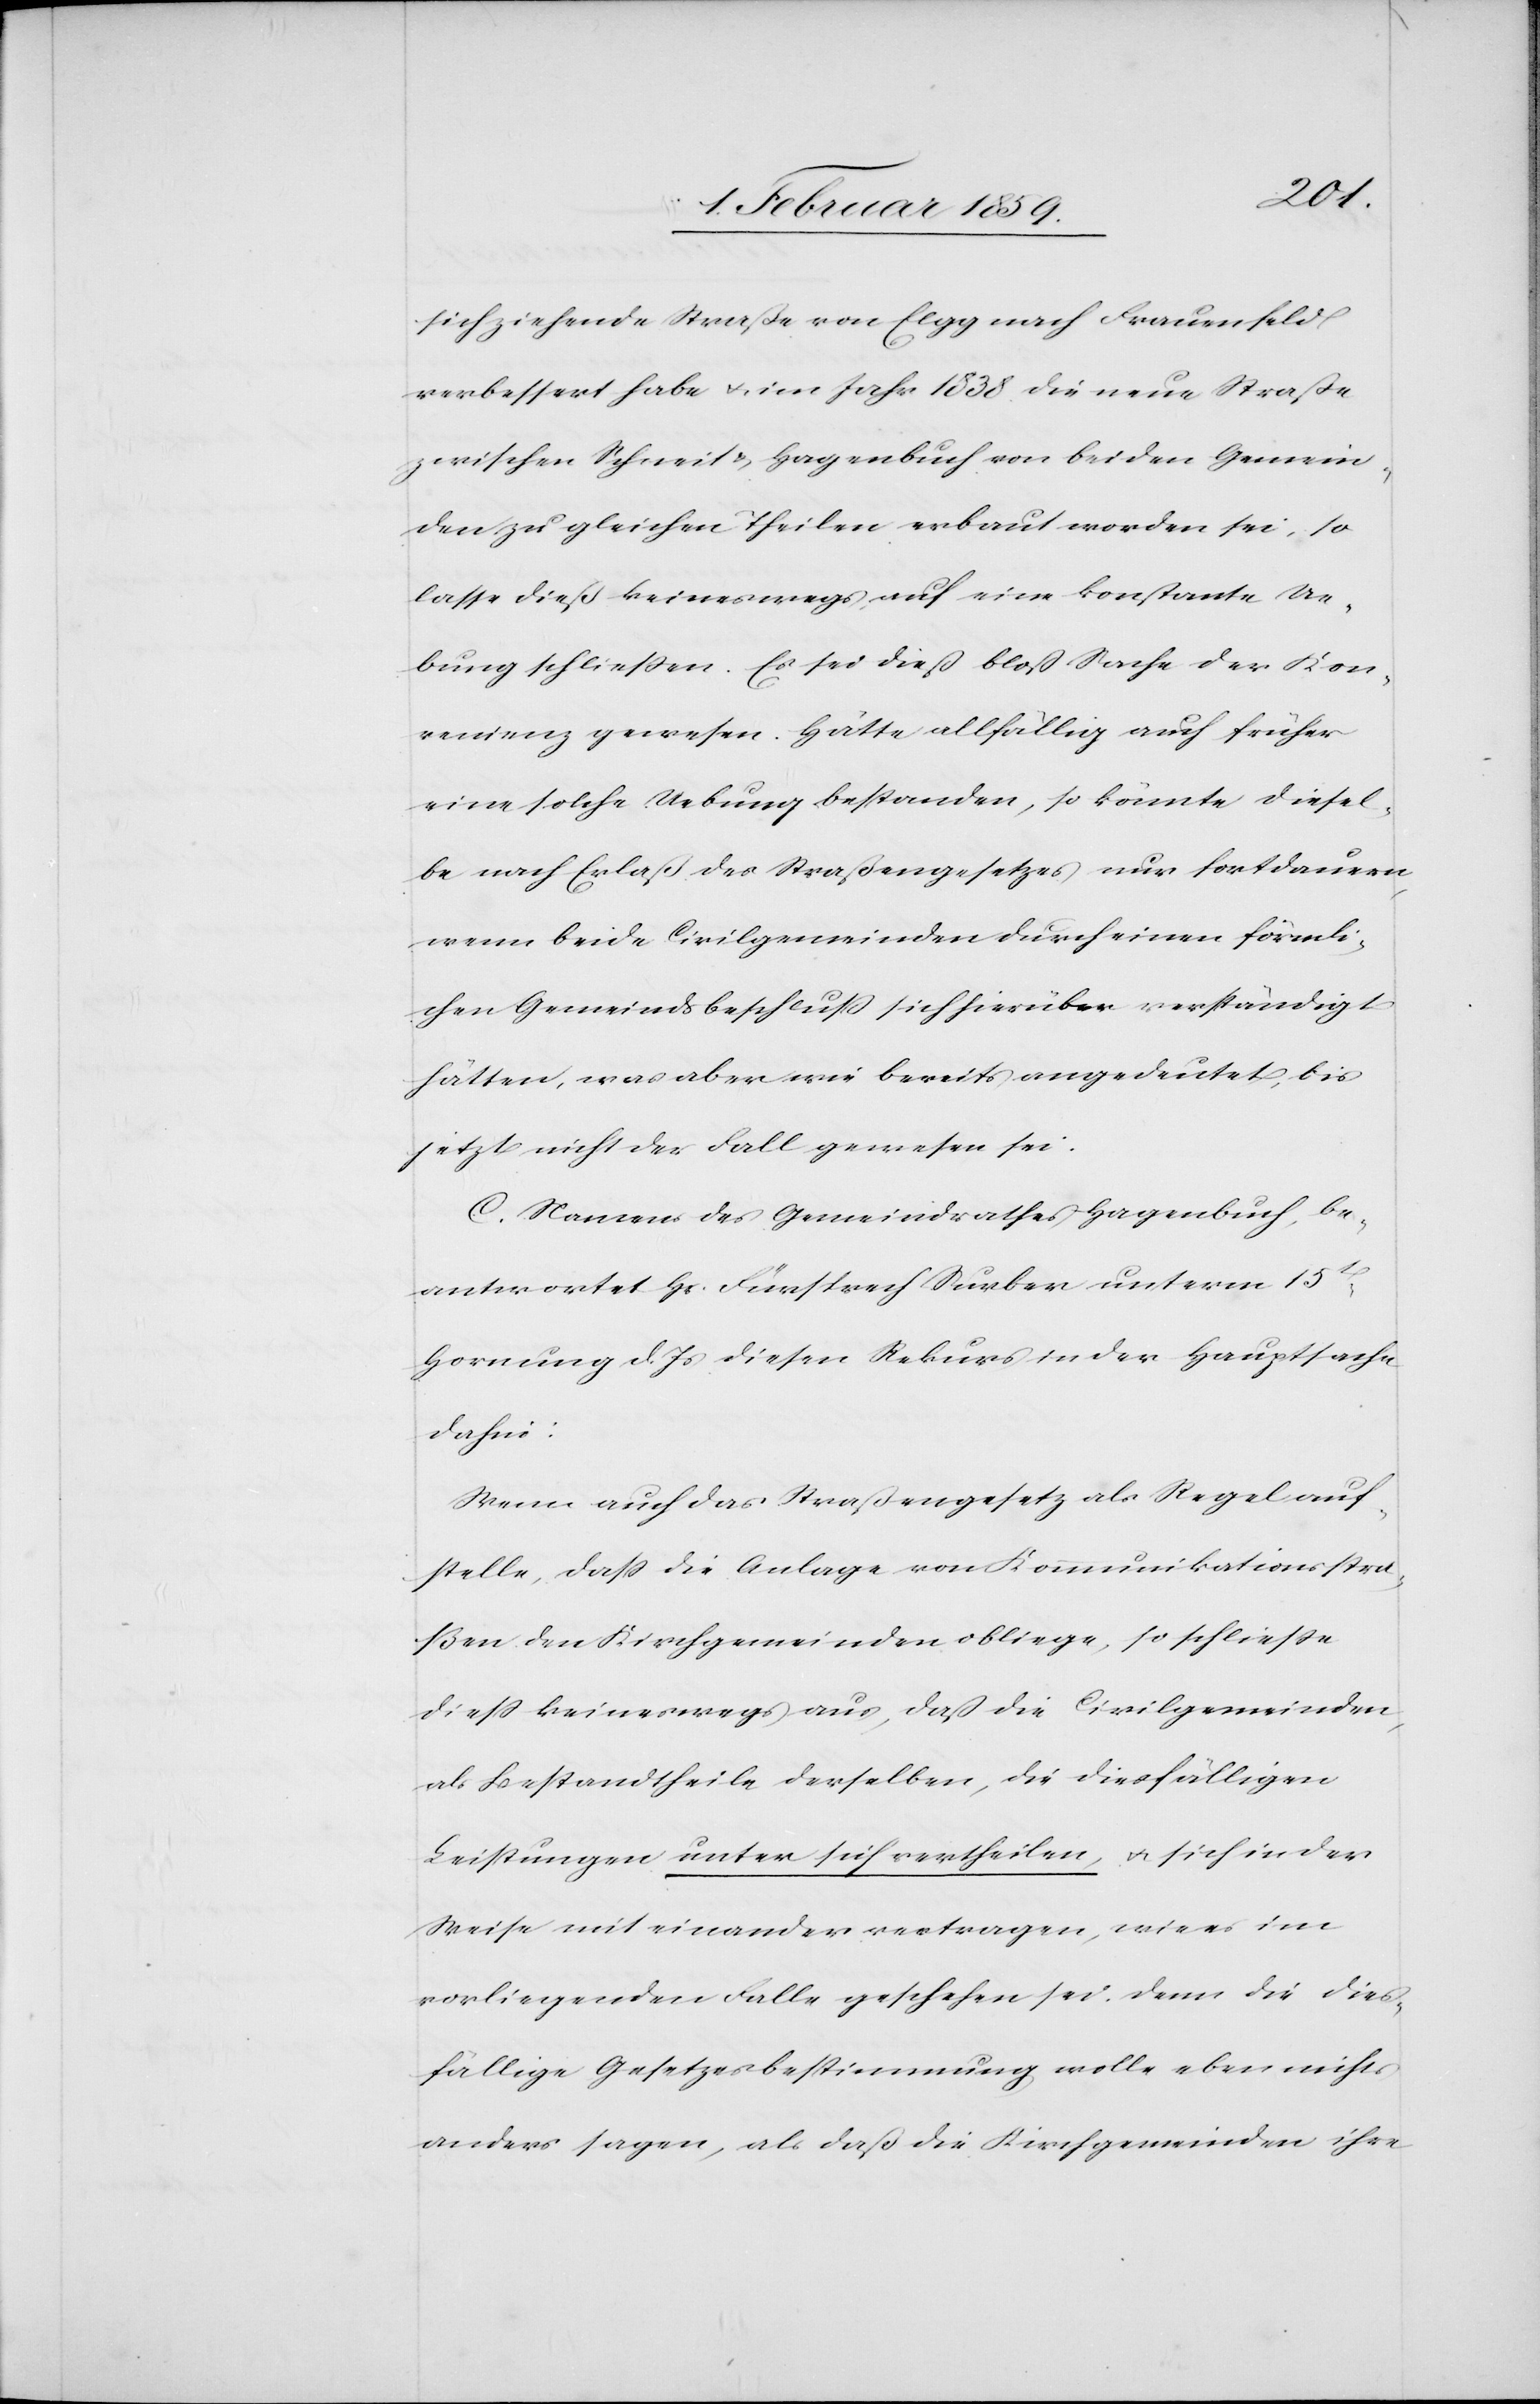
sich ziehende Straße von Elgg nach Frauenfeld
verbessert habe u. im Jahr 1838 die neue Straße
zwischen Schneit & Hagenbuch von beiden Gemein¬
den zu gleichen Theilen erbaut worden sei, so
lasse dieß keineswegs, auf eine konstante Ue¬
bung schließen. Es sei dieß bloß Sache der Kon¬
venienz gewesen. Hätte allfällig auch früher
eine solche Uebung bestanden, so könnte diesel¬
be nach Erlaß des Straßengesetzes nur fortdauern
wenn beide Civilgemeinden durch einen förmli¬
chen Gemeindsbeschluß sich hierüber verständigt
hätten, was aber wie bereits angedeutet, bis
jetzt nicht der Fall gewesen sei.
C. Namens des Gemeindrathes Hagenbuch, be¬
antwortet Hr. Fürsprech Surber unterm 15t
Hornung d. Js diesen Rekurs in der Hauptsache
dahin:
Wenn auch das Straßengesetz als Regel auf¬
stelle, daß die Anlage von Kommunikationssta¬
ßen den Kirchgemeinden obliege, so schließe
dieß keineswegs aus, daß die Civilgemeinden,
als Bestandtheile derselben, die diesfälligen
Leistungen unter sich vertheilen, u. sich in der
Weise mit einander vertragen, wie es im
vorliegenden Falle geschehen sei, denn die dies¬
fällige Gesetzesbestimmung wolle eben nichts
anders sagen, als daß die Kirchgemeinden ihre